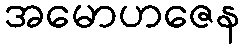
အမောဟဇေန